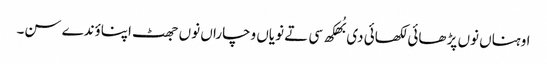
اوہناں نوں پڑ ھائی لکھائی دی بُھکھ سی تے نویاں وچاراں نوں جھٹ اپناؤندے سن۔